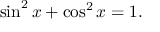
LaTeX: \sin ^ { 2 } x + \cos ^ { 2 } x = 1 .